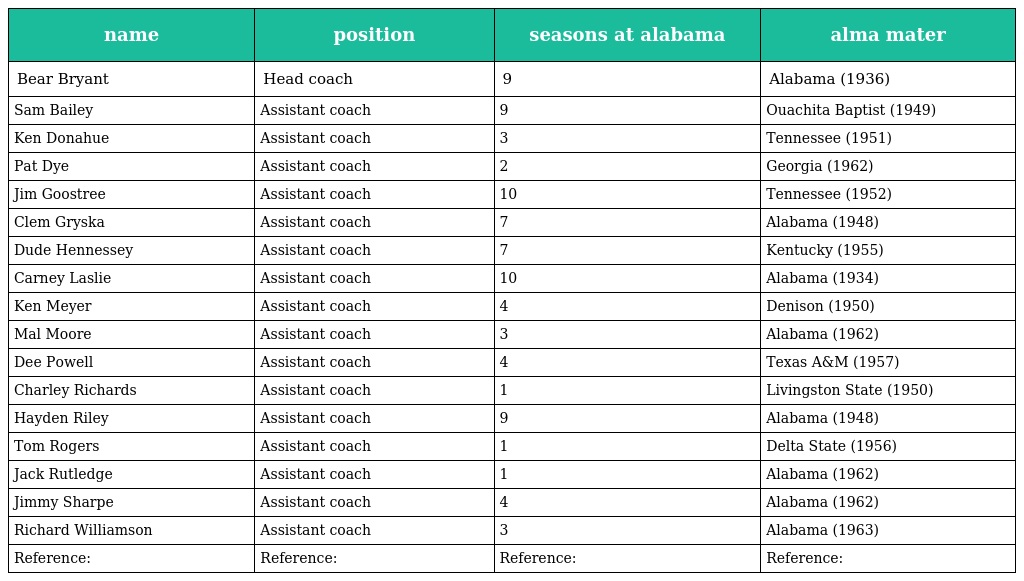
| name | position | seasons at alabama | alma mater |
 | --- | --- | --- | --- |
 | Bear Bryant | Head coach | 9 | Alabama (1936) |
 | Sam Bailey | Assistant coach | 9 | Ouachita Baptist (1949) |
 | Ken Donahue | Assistant coach | 3 | Tennessee (1951) |
 | Pat Dye | Assistant coach | 2 | Georgia (1962) |
 | Jim Goostree | Assistant coach | 10 | Tennessee (1952) |
 | Clem Gryska | Assistant coach | 7 | Alabama (1948) |
 | Dude Hennessey | Assistant coach | 7 | Kentucky (1955) |
 | Carney Laslie | Assistant coach | 10 | Alabama (1934) |
 | Ken Meyer | Assistant coach | 4 | Denison (1950) |
 | Mal Moore | Assistant coach | 3 | Alabama (1962) |
 | Dee Powell | Assistant coach | 4 | Texas A&M (1957) |
 | Charley Richards | Assistant coach | 1 | Livingston State (1950) |
 | Hayden Riley | Assistant coach | 9 | Alabama (1948) |
 | Tom Rogers | Assistant coach | 1 | Delta State (1956) |
 | Jack Rutledge | Assistant coach | 1 | Alabama (1962) |
 | Jimmy Sharpe | Assistant coach | 4 | Alabama (1962) |
 | Richard Williamson | Assistant coach | 3 | Alabama (1963) |
 | Reference: | Reference: | Reference: | Reference: |